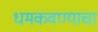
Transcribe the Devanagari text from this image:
धमकवण्याचा